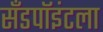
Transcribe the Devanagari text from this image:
सँडपॉइंटला